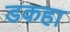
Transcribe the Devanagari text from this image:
डकहा